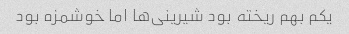
یکم بهم ریخته بود شیرینی‌ها اما خوشمزه بود